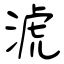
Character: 淲